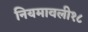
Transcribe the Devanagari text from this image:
नियमावली१८